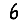
Digit: 6